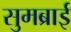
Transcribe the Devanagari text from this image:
सुमब्राई